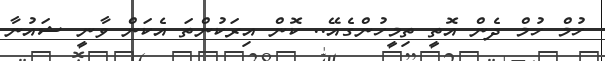
ހުމް ހުމް ދެން އޮތީ ތިމީހުންގެއޭ.. ކޮން އިރަކުންތަ އެކަން ވާނީީ ޝައުނާ